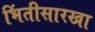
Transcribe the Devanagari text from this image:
भिंतीसारखा